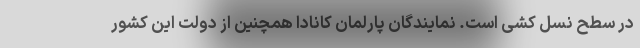
در سطح نسل کشی است. نمایندگان پارلمان کانادا همچنین از دولت این کشور